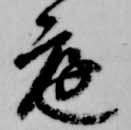
庭